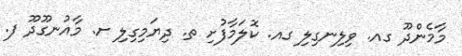
މާމެންދޫ ގއ. ވިލިނގިލި ގއ. ކޮލަމާފުށި ތ. ދިޔަމިގިލި ށ. މާއުނގޫދޫ ފ.